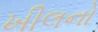
ખીલનો